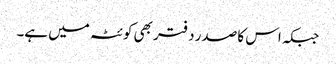
جبکہ اس کا صدر دفتر بھی کوئٹہ میں ہے۔